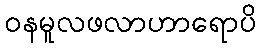
ဝနမူလဖလာဟာရောပိ